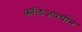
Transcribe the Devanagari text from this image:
कॉलेजवयीन